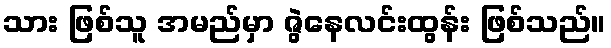
သား ဖြစ်သူ အမည်မှာ ဇွဲနေလင်းထွန်း ဖြစ်သည်။